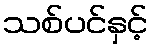
သစ်ပင်နှင့်